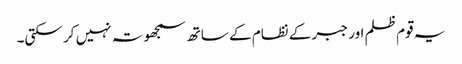
یہ قوم ظلم اور جبر کے نظام کے ساتھ سمجھوتہ نہیں کر سکتی۔